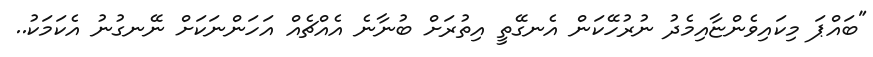
"ބައްޕަ މިކައިވެންޏާއިމެދު ނުރުހޭކަން އެނގޭތީ އިތުރަށް ބުނާނެ އެއްޗެއް އަހަންނަކަށް ނޭނގުނު އެކަމަކު..